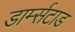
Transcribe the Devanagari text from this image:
डार्म्सटाड